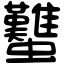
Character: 𧕴